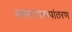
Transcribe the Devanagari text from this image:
समानारूपांतरण